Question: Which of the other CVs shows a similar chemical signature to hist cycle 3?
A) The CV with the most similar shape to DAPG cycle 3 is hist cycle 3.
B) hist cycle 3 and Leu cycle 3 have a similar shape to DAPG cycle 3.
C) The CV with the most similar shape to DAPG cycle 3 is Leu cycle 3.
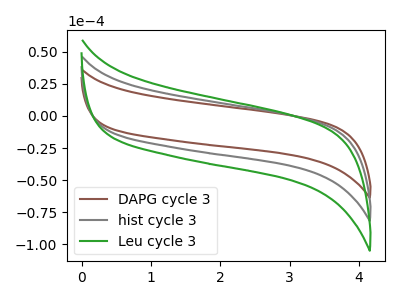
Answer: <think>The brown curve "DAPG cycle 3" has no peaks. The gray curve "hist cycle 3" has no peaks. The green curve "Leu cycle 3" has no peaks.
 Neither "DAPG cycle 3" or "hist cycle 3" have any peaks. Neither "DAPG cycle 3" or "Leu cycle 3" have any peaks. Neither "hist cycle 3" or "Leu cycle 3" have any peaks.</think>
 <answer>B) "hist cycle 3" and "Leu cycle 3" have a similar shape to "DAPG cycle 3".</answer>
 <eval>B</eval>